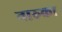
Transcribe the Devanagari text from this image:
नारुका